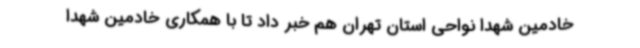
خادمین شهدا نواحی استان تهران هم خبر داد تا با همکاری خادمین شهدا